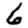
Digit: 6